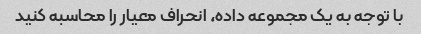
با توجه به یک مجموعه داده، انحراف معیار را محاسبه کنید